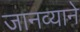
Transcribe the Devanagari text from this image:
जानव्याने